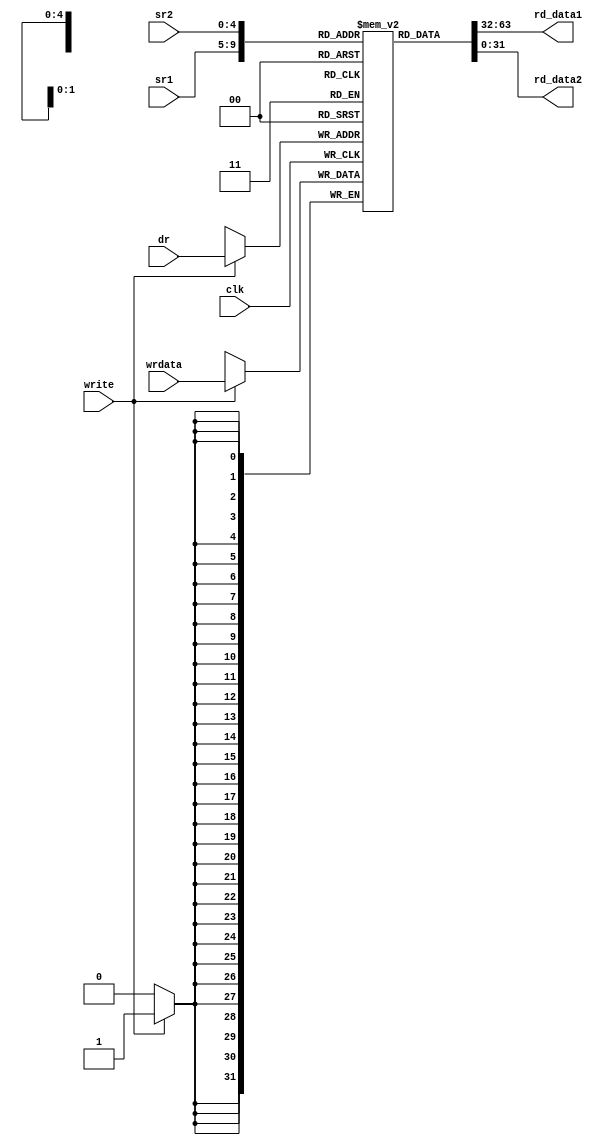
module regbank(rd_data1,rd_data2,wrdata,sr1,sr2,dr,write,clk);
	input clk,write;
	input [4:0] sr1,sr2,dr;
	input [31:0] wrdata;
	output [31:0] rd_data1,rd_data2;
	integer k;
	
	reg [31:0] regfile[0:31];
	
	assign rd_data1 =  regfile[sr1];
	assign rd_data2 =  regfile[sr2];
	
	always @(posedge clk)
		begin
		  if(write)
		      regfile[dr] <= wrdata;
		end
endmodule